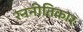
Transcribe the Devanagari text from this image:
रननीतिकार